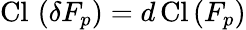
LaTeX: \mathrm{Cl}\, \left(\delta F_{p}\right)=d\, \mathrm{Cl}\left(F_{p}\right)